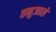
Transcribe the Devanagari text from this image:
तनुजासे